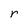
Character: r